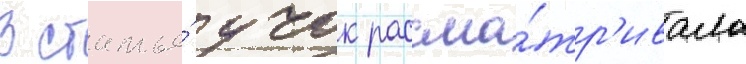
В статье́ учок рассма́тр'ивала